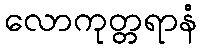
လောကုတ္တရာနံ